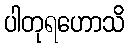
ပါတုရဟောသိ